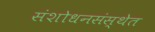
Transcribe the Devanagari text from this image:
संशोधनसंस्थेत